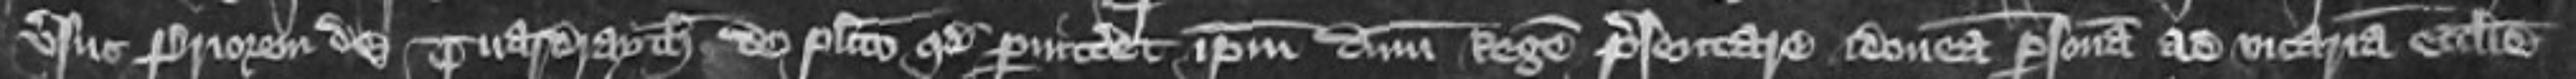
versus Priorem de Tuardrayth de placito quod permitteret ipsum dominum Regem presentare idoneam personam ad vicariam ecclesie